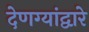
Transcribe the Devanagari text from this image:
देणग्यांद्वारे